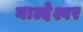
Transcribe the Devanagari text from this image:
नाल्देश्वर